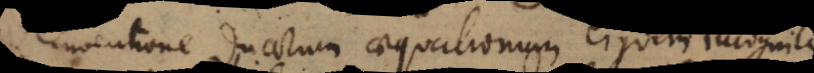
inventione duarum aequationum ejusdem incognitae